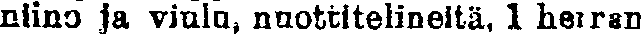
niino ja viulu, nuottitelineitä, 1 herran